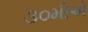
૩૦મીએ